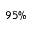
9 5 \%